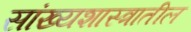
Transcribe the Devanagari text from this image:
सांख्यशास्त्रातील